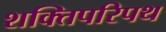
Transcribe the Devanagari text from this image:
शक्तिपरिपथ